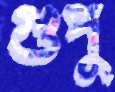
গুপু